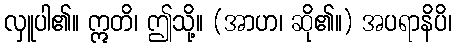
လှူပါ၏။ ဣတိ၊ ဤသို့။ (အာဟ၊ ဆို၏။) အပရာနိပိ၊